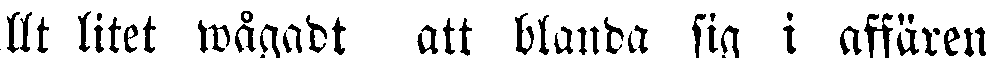
llt litet wågadt att blanda sig i affären